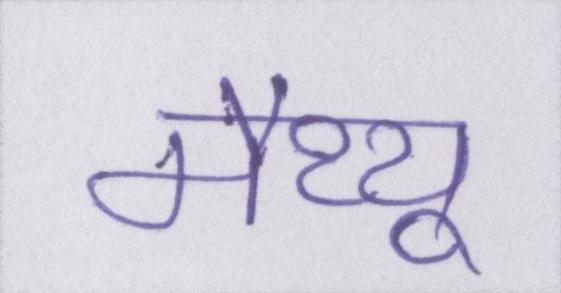
मैथ्यू